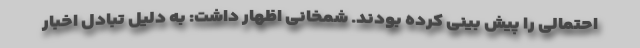
احتمالی را پیش بینی کرده بودند. شمخانی اظهار داشت: به دلیل تبادل اخبار